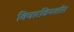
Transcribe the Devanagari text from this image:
विचारविमर्शास